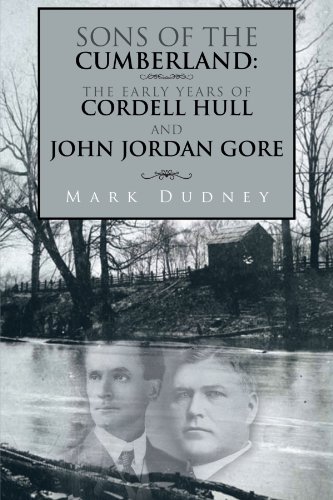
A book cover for Sons of the Cumberland: The Early Years of Cordell Hull and John Jordan Gore; Mark Dudney; History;